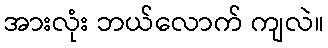
အားလုံး ဘယ်လောက် ကျလဲ။